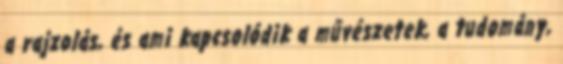
a rajzolás, és ami kapcsolódik a művészetek, a tudomány,